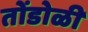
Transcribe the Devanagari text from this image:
तोंडोळी